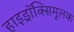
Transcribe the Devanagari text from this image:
हाइड्रॉक्सिमूलक